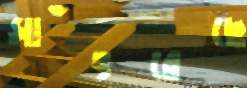
সাঁৎরেছে